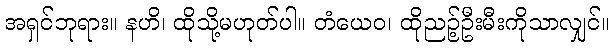
အရှင်ဘုရား။ နဟိ၊ ထိုသို့မဟုတ်ပါ။ တံယေဝ၊ ထိုညဉ့်ဦးမီးကိုသာလျှင်။